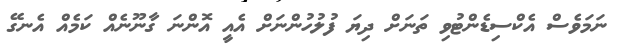
ނަމަވެސް އެކްސިޑެންޓުވި ތަނަށް ދިޔަ ފުލުހުންނަށް އެއީ އޮންނަ ގާނޫނެއް ކަމެއް އެނގޭ